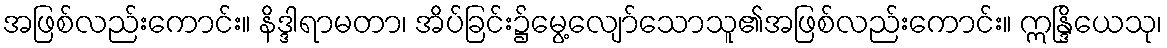
အဖြစ်လည်းကောင်း။ နိဒ္ဒါရာမတာ၊ အိပ်ခြင်း၌မွေ့လျော်သောသူ၏အဖြစ်လည်းကောင်း။ ဣန္ဒြိယေသု၊